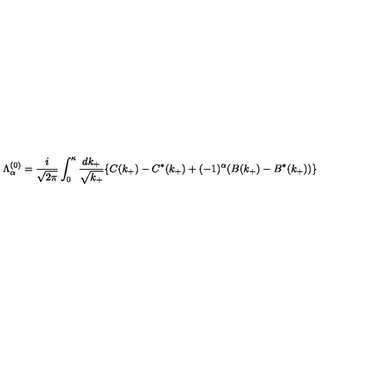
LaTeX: { \Lambda } _ { \alpha } ^ { ( 0 ) } = \frac { i } { \sqrt { 2 { \pi } } } \int _ { 0 } ^ { \kappa } \frac { d k _ { + } } { \sqrt { k _ { + } } } \{ C ( k _ { + } ) - C ^ { \ast } ( k _ { + } ) + ( - 1 ) ^ { \alpha } ( B ( k _ { + } ) - B ^ { \ast } ( k _ { + } ) ) \}